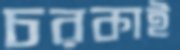
চরকাই